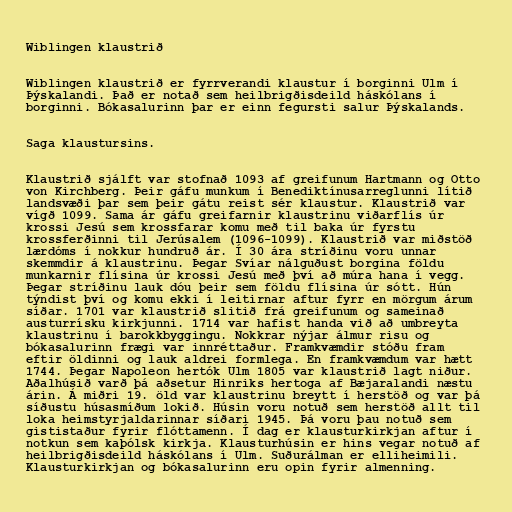
Wiblingen klaustrið

Wiblingen klaustrið er fyrrverandi klaustur í borginni Ulm í
Þýskalandi. Það er notað sem heilbrigðisdeild háskólans í
borginni. Bókasalurinn þar er einn fegursti salur Þýskalands.

Saga klaustursins.

Klaustrið sjálft var stofnað 1093 af greifunum Hartmann og Otto
von Kirchberg. Þeir gáfu munkum í Benediktínusarreglunni lítið
landsvæði þar sem þeir gátu reist sér klaustur. Klaustrið var
vígð 1099. Sama ár gáfu greifarnir klaustrinu viðarflís úr
krossi Jesú sem krossfarar komu með til baka úr fyrstu
krossferðinni til Jerúsalem (1096-1099). Klaustrið var miðstöð
lærdóms í nokkur hundruð ár. Í 30 ára stríðinu voru unnar
skemmdir á klaustrinu. Þegar Svíar nálguðust borgina földu
munkarnir flísina úr krossi Jesú með því að múra hana í vegg.
Þegar stríðinu lauk dóu þeir sem földu flísina úr sótt. Hún
týndist því og komu ekki í leitirnar aftur fyrr en mörgum árum
síðar. 1701 var klaustrið slitið frá greifunum og sameinað
austurrísku kirkjunni. 1714 var hafist handa við að umbreyta
klaustrinu í barokkbyggingu. Nokkrar nýjar álmur risu og
bókasalurinn frægi var innréttaður. Framkvæmdir stóðu fram
eftir öldinni og lauk aldrei formlega. En framkvæmdum var hætt
1744. Þegar Napoleon hertók Ulm 1805 var klaustrið lagt niður.
Aðalhúsið varð þá aðsetur Hinriks hertoga af Bæjaralandi næstu
árin. Á miðri 19. öld var klaustrinu breytt í herstöð og var þá
síðustu húsasmíðum lokið. Húsin voru notuð sem herstöð allt til
loka heimstyrjaldarinnar síðari 1945. Þá voru þau notuð sem
gististaður fyrir flóttamenn. Í dag er klausturkirkjan aftur í
notkun sem kaþólsk kirkja. Klausturhúsin er hins vegar notuð af
heilbrigðisdeild háskólans í Ulm. Suðurálman er elliheimili.
Klausturkirkjan og bókasalurinn eru opin fyrir almenning.